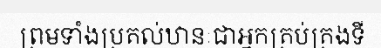
ព្រមទាំងប្រគល់ឋានៈជាអ្នកគ្រប់គ្រងទី